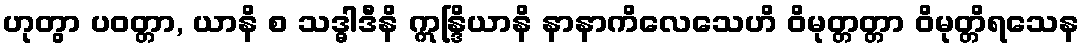
ဟုတွာ ပဝတ္တာ, ယာနိ စ သဒ္ဓါဒီနိ ဣန္ဒြိယာနိ နာနာကိလေသေဟိ ဝိမုတ္တတ္တာ ဝိမုတ္တိရသေန